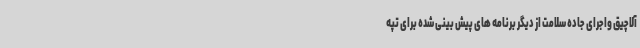
آلاچیق واجرای جاده سلامت از دیگر برنامه های پیش بینی شده برای تپه